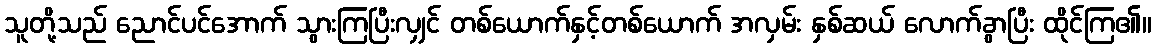
သူတို့သည် ညောင်ပင်အောက် သွားကြပြီးလျှင် တစ်ယောက်နှင့်တစ်ယောက် အလှမ်း နှစ်ဆယ် လောက်ခွာပြီး ထိုင်ကြ၏။